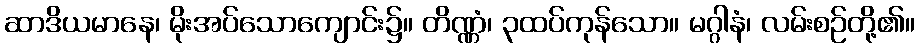
ဆာဒိယမာနေ၊ မိုးအပ်သောကျောင်း၌။ တိဏ္ဏံ၊ ၃ထပ်ကုန်သော။ မဂ္ဂါနံ၊ လမ်းစဉ်တို့၏။